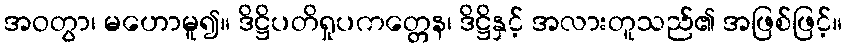
အဝတွာ၊ မဟောမူ၍။ ဒိဋ္ဌိပတိရှုပကတ္တေန၊ ဒိဋ္ဌိနှင့် အလားတူသည်၏ အဖြစ်ဖြင့်။